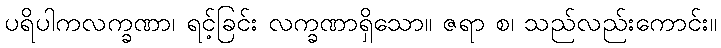
ပရိပါကလက္ခဏာ၊ ရင့်ခြင်း လက္ခဏာရှိသော။ ဇရာ စ၊ သည်လည်းကောင်း။